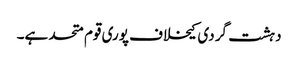
دہشت گردی کیخلاف پوری قوم متحد ہے۔